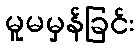
မူမမှန်ခြင်း